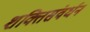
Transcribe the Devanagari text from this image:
शक्तिसंवर्धन